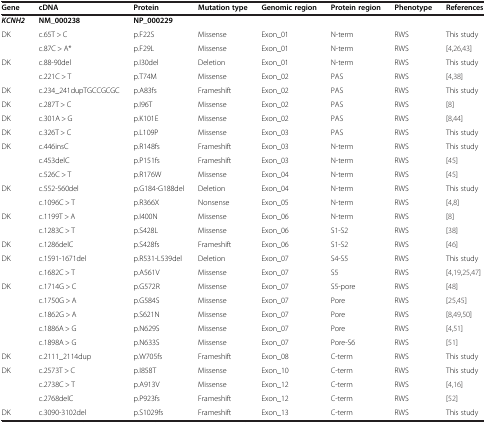
<table><thead><tr><td><b>Gene</b></td><td><b>cDNA</b></td><td><b>Protein</b></td><td><b>Mutation type</b></td><td><b>Genomic region</b></td><td><b>Protein region</b></td><td><b>Phenotype</b></td><td><b>References</b></td></tr></thead><tbody><tr><td><b><i>KCNH2</i></b></td><td><b>NM_000238</b></td><td><b>NP_000229</b></td><td> </td><td> </td><td> </td><td> </td><td> </td></tr><tr><td>DK</td><td>c.65T &gt; C</td><td>p.F22S</td><td>Missense</td><td>Exon_01</td><td>N-term</td><td>RWS</td><td>This study</td></tr><tr><td> </td><td>c.87C &gt; A*</td><td>p.F29L</td><td>Missense</td><td>Exon_01</td><td>N-term</td><td>RWS</td><td>[4,26,43]</td></tr><tr><td>DK</td><td>c.88-90del</td><td>p.I30del</td><td>Deletion</td><td>Exon_01</td><td>N-term</td><td>RWS</td><td>This study</td></tr><tr><td> </td><td>c.221C &gt; T</td><td>p.T74M</td><td>Missense</td><td>Exon_02</td><td>PAS</td><td>RWS</td><td>[4,38]</td></tr><tr><td>DK</td><td>c.234_241dupTGCCGCGC</td><td>p.A83fs</td><td>Frameshift</td><td>Exon_02</td><td>PAS</td><td>RWS</td><td>This study</td></tr><tr><td>DK</td><td>c.287T &gt; C</td><td>p.I96T</td><td>Missense</td><td>Exon_02</td><td>PAS</td><td>RWS</td><td>[8]</td></tr><tr><td>DK</td><td>c.301A &gt; G</td><td>p.K101E</td><td>Missense</td><td>Exon_02</td><td>PAS</td><td>RWS</td><td>[8,44]</td></tr><tr><td>DK</td><td>c.326T &gt; C</td><td>p.L109P</td><td>Missense</td><td>Exon_03</td><td>PAS</td><td>RWS</td><td>This study</td></tr><tr><td>DK</td><td>c.446insC</td><td>p.R148fs</td><td>Frameshift</td><td>Exon_03</td><td>N-term</td><td>RWS</td><td>This study</td></tr><tr><td> </td><td>c.453delC</td><td>p.P151fs</td><td>Frameshift</td><td>Exon_03</td><td>N-term</td><td>RWS</td><td>[45]</td></tr><tr><td> </td><td>c.526C &gt; T</td><td>p.R176W</td><td>Missense</td><td>Exon_04</td><td>N-term</td><td>RWS</td><td>[45]</td></tr><tr><td>DK</td><td>c.552-560del</td><td>p.G184-G188del</td><td>Deletion</td><td>Exon_04</td><td>N-term</td><td>RWS</td><td>This study</td></tr><tr><td> </td><td>c.1096C &gt; T</td><td>p.R366X</td><td>Nonsense</td><td>Exon_05</td><td>N-term</td><td>RWS</td><td>[4,8]</td></tr><tr><td>DK</td><td>c.1199T &gt; A</td><td>p.I400N</td><td>Missense</td><td>Exon_06</td><td>N-term</td><td>RWS</td><td>[8]</td></tr><tr><td> </td><td>c.1283C &gt; T</td><td>p.S428L</td><td>Missense</td><td>Exon_06</td><td>S1-S2</td><td>RWS</td><td>[38]</td></tr><tr><td>DK</td><td>c.1286delC</td><td>p.S428fs</td><td>Frameshift</td><td>Exon_06</td><td>S1-S2</td><td>RWS</td><td>[46]</td></tr><tr><td>DK</td><td>c.1591-1671del</td><td>p.R531-L539del</td><td>Deletion</td><td>Exon_07</td><td>S4-S5</td><td>RWS</td><td>This study</td></tr><tr><td> </td><td>c.1682C &gt; T</td><td>p.A561V</td><td>Missense</td><td>Exon_07</td><td>S5</td><td>RWS</td><td>[4,19,25,47]</td></tr><tr><td>DK</td><td>c.1714G &gt; C</td><td>p.G572R</td><td>Missense</td><td>Exon_07</td><td>S5-pore</td><td>RWS</td><td>[48]</td></tr><tr><td> </td><td>c.1750G &gt; A</td><td>p.G584S</td><td>Missense</td><td>Exon_07</td><td>Pore</td><td>RWS</td><td>[25,45]</td></tr><tr><td> </td><td>c.1862G &gt; A</td><td>p.S621N</td><td>Missense</td><td>Exon_07</td><td>Pore</td><td>RWS</td><td>[8,49,50]</td></tr><tr><td> </td><td>c.1886A &gt; G</td><td>p.N629S</td><td>Missense</td><td>Exon_07</td><td>Pore</td><td>RWS</td><td>[4,51]</td></tr><tr><td> </td><td>c.1898A &gt; G</td><td>p.N633S</td><td>Missense</td><td>Exon_07</td><td>Pore-S6</td><td>RWS</td><td>[51]</td></tr><tr><td>DK</td><td>c.2111_2114dup</td><td>p.W705fs</td><td>Frameshift</td><td>Exon_08</td><td>C-term</td><td>RWS</td><td>This study</td></tr><tr><td>DK</td><td>c.2573T &gt; C</td><td>p.I858T</td><td>Missense</td><td>Exon_10</td><td>C-term</td><td>RWS</td><td>This study</td></tr><tr><td> </td><td>c.2738C &gt; T</td><td>p.A913V</td><td>Missense</td><td>Exon_12</td><td>C-term</td><td>RWS</td><td>[4,16]</td></tr><tr><td> </td><td>c.2768delC</td><td>p.P923fs</td><td>Frameshift</td><td>Exon_12</td><td>C-term</td><td>RWS</td><td>[52]</td></tr><tr><td>DK</td><td>c.3090-3102del</td><td>p.S1029fs</td><td>Frameshift</td><td>Exon_13</td><td>C-term</td><td>RWS</td><td>This study</td></tr></tbody></table>